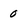
Character: 0